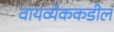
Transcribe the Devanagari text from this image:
वायव्येककडील